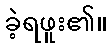
ခဲ့ရဖူး၏။